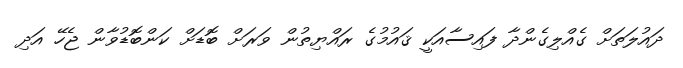
ދައުލަތަށް ގެއްލިގެންދާ ފައިސާއަކީ ޤައުމުގެ ރައްޔިތުން ވަރަށް ބޮޑަށް ކަންބޮޑުވާން ޖެހޭ އަދި